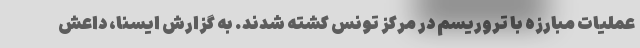
عملیات مبارزه با تروریسم در مرکز تونس کشته شدند. به گزارش ایسنا، داعش